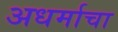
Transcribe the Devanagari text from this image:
अधर्माचा